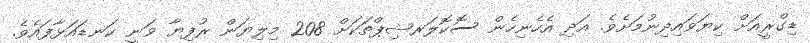
ޑިގްރީއަށް ކިޔަވައިދިނުމަށެވެ. އަދި އެހެނިހެން ސޮކޮލަރޝިޕްތަކަށް 208 މިލިޔަން ރުފިޔާ ވަނީ ކަނޑައަޅާފައެވެ.